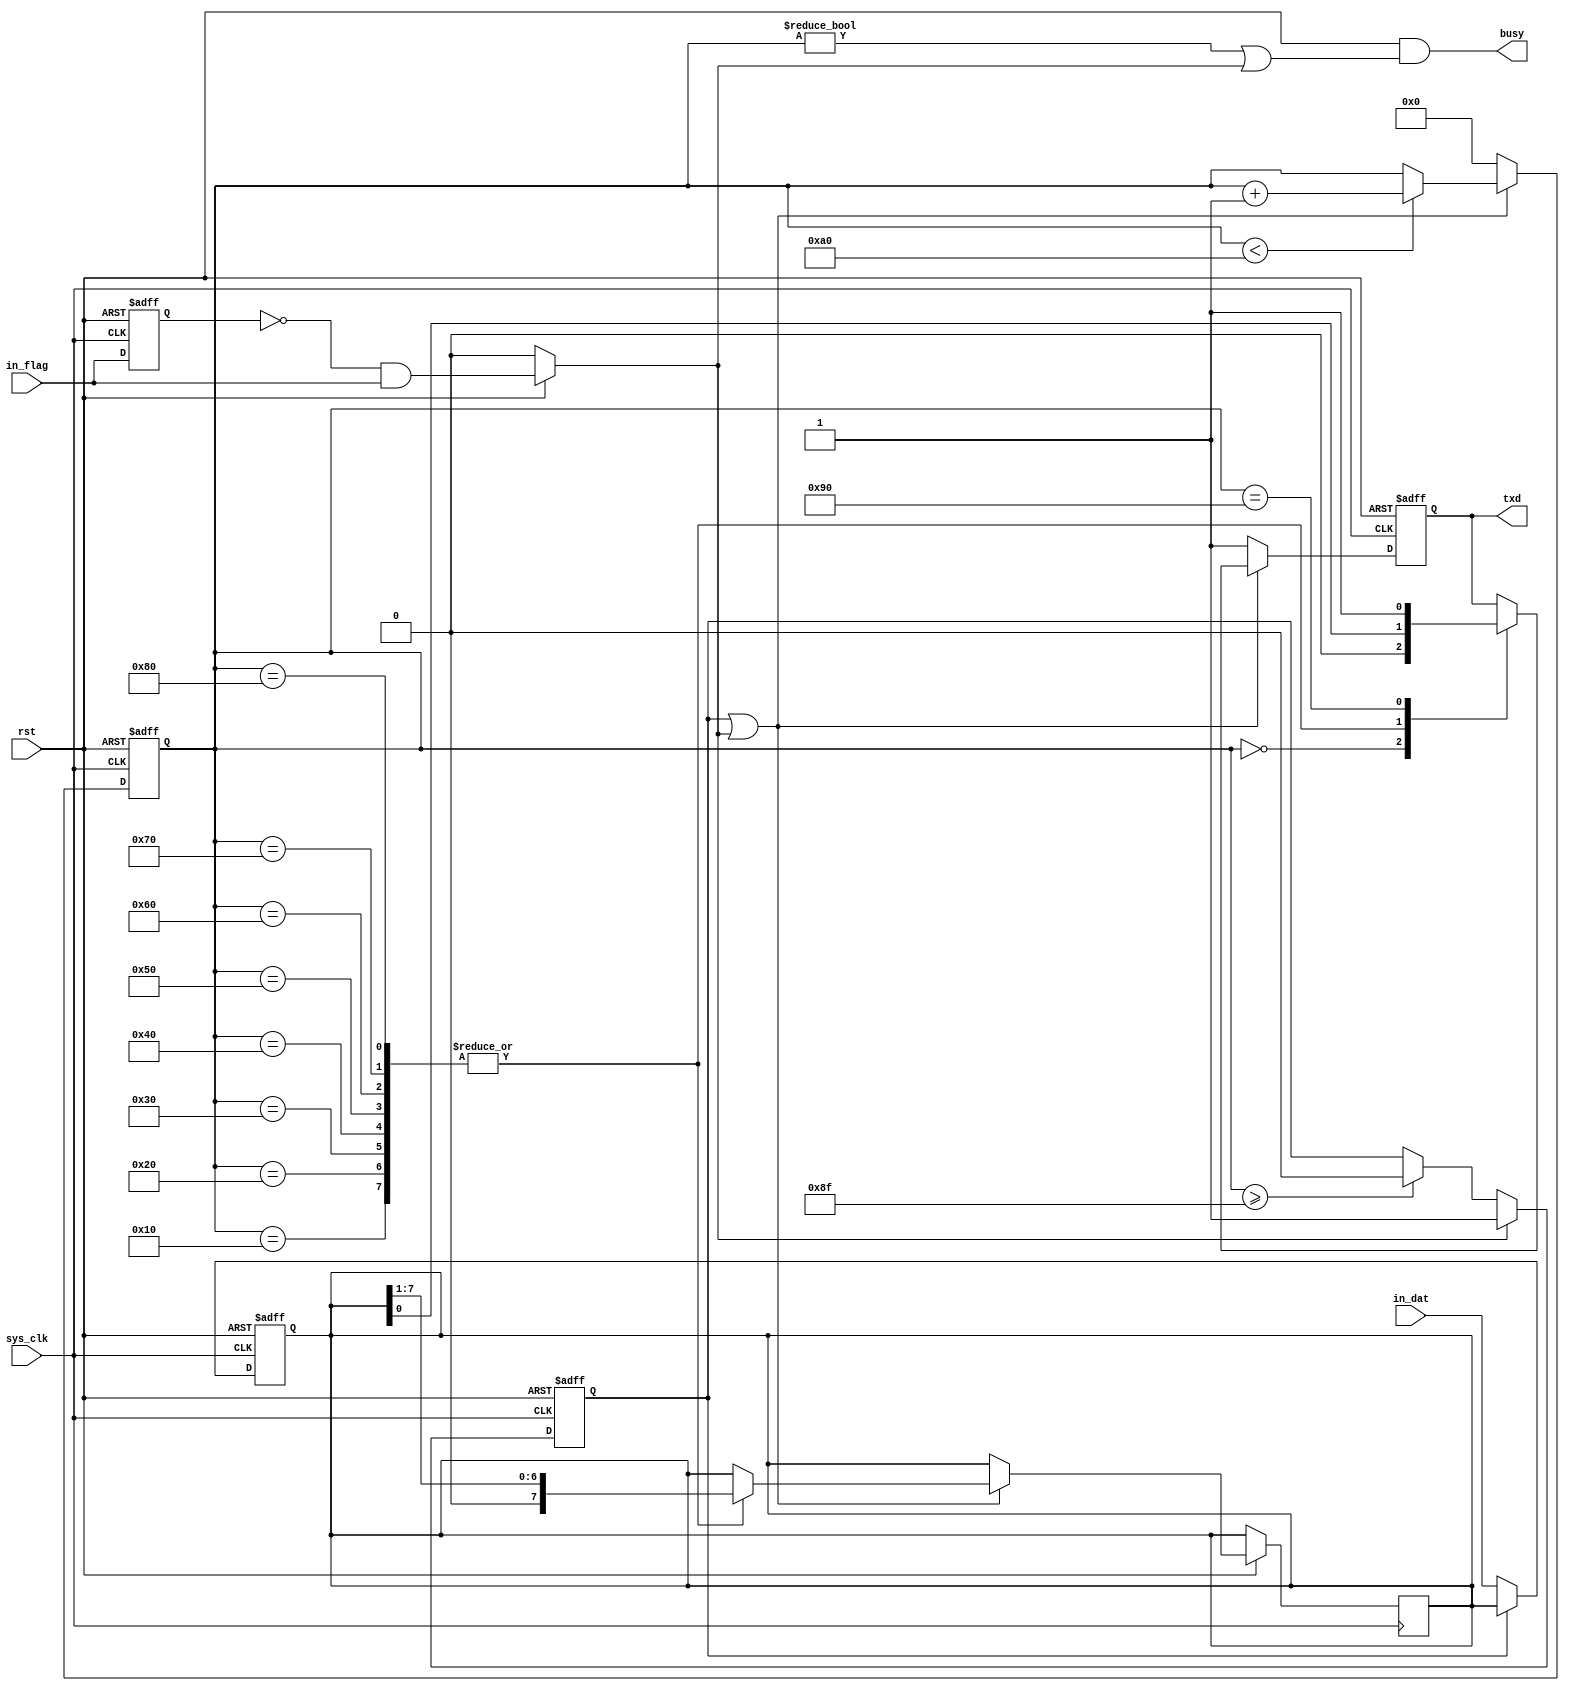
module uart_send(

	input sys_clk,
	input rst,
	
	input [7:0] in_dat,
	input in_flag	,
	
	output reg txd,
	output busy
);

reg[7:0] send_cnt;
reg[31:0] cnt_send_clk;
// sys_clk's freq should be  baud*16
reg[31:0] cnt_sys_clk;

wire pos_detect;
reg valid;//means should receive data

reg last_in_flasg;
always@(posedge sys_clk or negedge rst)begin
	if(!rst)begin	last_in_flasg<=1'b1;	end
	else 	begin	last_in_flasg<=in_flag;	end
end

assign pos_detect = (!rst)?0:(  (!last_in_flasg)&in_flag );

reg[7:0] dat_to_send;
always@(posedge sys_clk or negedge rst) if(!rst)dat_to_send<=0;else if(!valid) dat_to_send<=in_dat;

assign busy= (rst) & ( (cnt_send_clk!=0) | pos_detect );

always@(posedge sys_clk or negedge rst)begin
	if(!rst)begin  
		valid<=0;
	end
	else begin
		if(pos_detect)valid<=1;
		else if(cnt_send_clk>=143)valid<=0;
	end
end

always@(posedge sys_clk or negedge rst)begin
	if(!rst)begin  
		send_cnt<=0; cnt_send_clk<=0; txd<=1; //txd default state must be 1
	end
	else begin
		if(valid|pos_detect)begin
			if(cnt_send_clk<160)cnt_send_clk<=cnt_send_clk+1'b1;
			
			case(cnt_send_clk)
			  0:begin txd<=0; end
			 16:begin txd<=dat_to_send[0];dat_to_send<=dat_to_send>>1'b1; end
			 32:begin txd<=dat_to_send[0];dat_to_send<=dat_to_send>>1'b1; end
			 48:begin txd<=dat_to_send[0];dat_to_send<=dat_to_send>>1'b1; end
			 64:begin txd<=dat_to_send[0];dat_to_send<=dat_to_send>>1'b1; end
			 80:begin txd<=dat_to_send[0];dat_to_send<=dat_to_send>>1'b1; end
			 96:begin txd<=dat_to_send[0];dat_to_send<=dat_to_send>>1'b1; end
			112:begin txd<=dat_to_send[0];dat_to_send<=dat_to_send>>1'b1; end
			128:begin txd<=dat_to_send[0];dat_to_send<=dat_to_send>>1'b1; end
			
			144:begin txd<=1; end
			
			endcase
		end
		else begin
			cnt_send_clk<=0; txd<=1;
		end
	end
end



endmodule